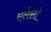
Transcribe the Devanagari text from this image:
एलेसी